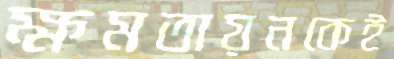
ক্ষমতায়নকেই